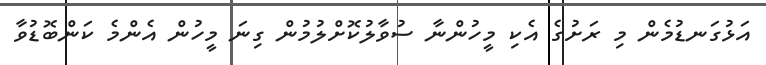
އަޅުގަނޑުމެން މި ރަށުގެ އެކި މީހުންނާ ސުވާލުކޮށްލުމުން ގިނަ މީހުން އެންމެ ކަންބޮޑުވާ